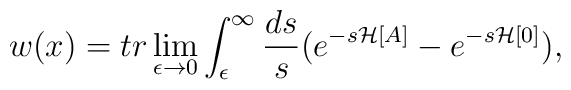
w(x) = tr \lim_{\epsilon \to 0} \int_\epsilon ^\infty \frac{ds}{s} (e^{-s{\mathcal H}[A]}-e^{-s{\mathcal H}[0]}),